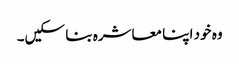
وہ خود اپنا معاشرہ بنا سکیں۔